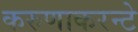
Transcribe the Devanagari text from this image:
करुणाकरन्टे